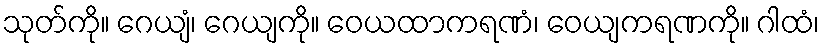
သုတ်ကို။ ဂေယျံ၊ ဂေယျကို။ ဝေယထာကရဏံ၊ ဝေယျကရဏကို။ ဂါထံ၊